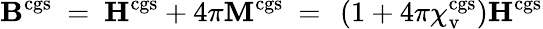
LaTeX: \mathbf{B}^{\mathrm{cgs}}\ =\ \mathbf{H}^{\mathrm{cgs}}+4\pi\mathbf{M}^{\mathrm{cgs}}\ =\ \left(1+4\pi\chi_{\mathrm{v}}^{\mathrm{cgs}}\right)\mathbf{H}^{\mathrm{cgs}}